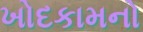
ખોદકામનો